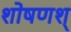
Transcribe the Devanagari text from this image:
शोषणश्